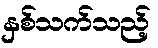
နှစ်သက်သည့်